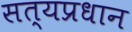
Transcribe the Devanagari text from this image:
सत्यप्रधान